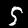
Digit: 5